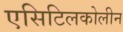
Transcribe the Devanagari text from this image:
एसिटिलकोलीन